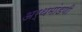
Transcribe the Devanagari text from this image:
अर्थमांडणी